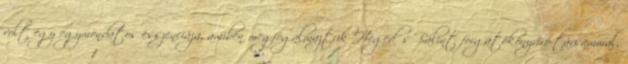
volt egy egymondatos esszenciája, amiben megfogalmaztuk Hegedűs Bálint forgatókönyvíró-társammal,